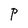
Character: P